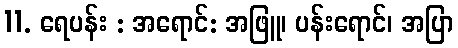
11. ရေပန်း : အရောင်: အဖြူ၊ ပန်းရောင်၊ အပြာ